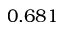
0 . 6 8 1